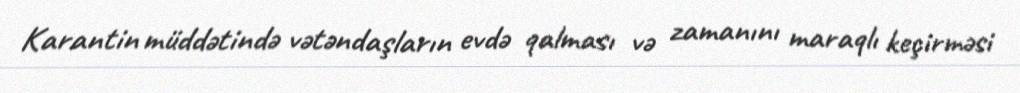
Karantin müddətində vətəndaşların evdə qalması və zamanını maraqlı keçirməsi